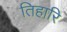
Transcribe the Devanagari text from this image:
तिहारि